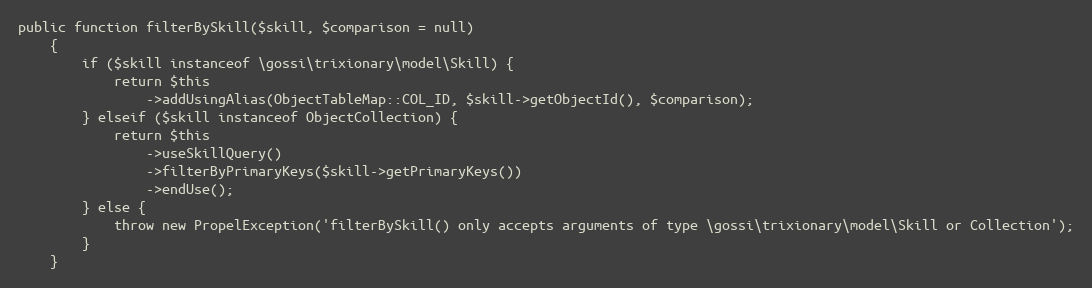
Language: PHP
public function filterBySkill($skill, $comparison = null)
    {
        if ($skill instanceof \gossi\trixionary\model\Skill) {
            return $this
                ->addUsingAlias(ObjectTableMap::COL_ID, $skill->getObjectId(), $comparison);
        } elseif ($skill instanceof ObjectCollection) {
            return $this
                ->useSkillQuery()
                ->filterByPrimaryKeys($skill->getPrimaryKeys())
                ->endUse();
        } else {
            throw new PropelException('filterBySkill() only accepts arguments of type \gossi\trixionary\model\Skill or Collection');
        }
    }